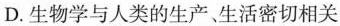
D.生物学与人类的生产、生活密切相关